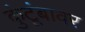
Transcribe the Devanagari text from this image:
कुंटूंबावर